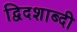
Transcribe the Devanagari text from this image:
द्विदशाब्दी